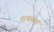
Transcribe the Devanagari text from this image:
पाकबड़ा